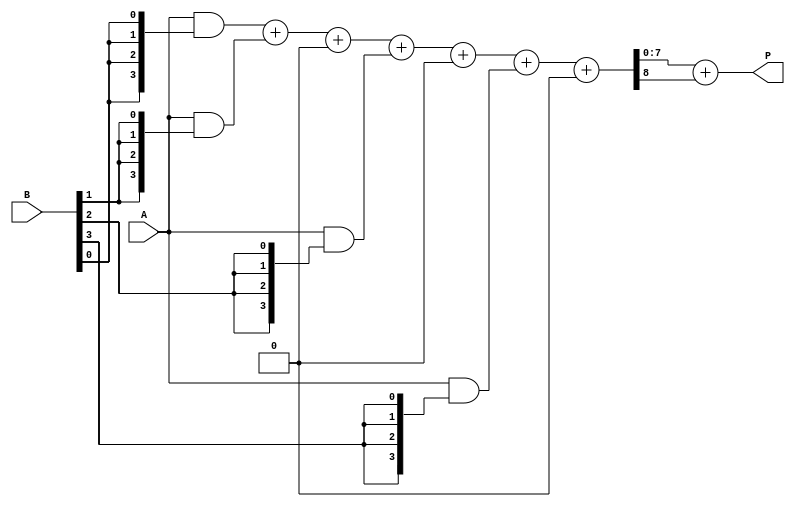
module WallaceTreeMultiplier #(parameter N = 4, M = 4) (
    input  [N-1:0] A, // N-bit multiplicand
    input  [M-1:0] B, // M-bit multiplier
    output [N+M-1:0] P // (N + M)-bit product
);

    // Generate partial products
    wire [N-1:0] pp[M-1:0]; // Partial products
    genvar i;
    generate
        for (i = 0; i < M; i = i + 1) begin : pp_gen
            assign pp[i] = A & {N{B[i]}}; // ANDing A with each bit of B
        end
    endgenerate

    // Reduction stage using Wallace tree structure
    wire [N+M-1:0] sum [M-1:0]; // Sums at each level
    wire [M-1:0] carry [M-1:0]; // Carries at each level

    // Initial partial product stage
    assign sum[0] = {1'b0, pp[0]}; // First partial product with zero padding
    assign carry[0] = {M{1'b0}}; // Initialize carry

    // Wallace tree reduction
    genvar j;
    generate
        for (j = 1; j < M; j = j + 1) begin : reduction
            wire [N+M-1:0] a, b;
            assign a = sum[j-1];
            assign b = {1'b0, pp[j]}; // Zero padding for the new partial product
            
            // Full adder for three inputs (two bits from previous stage and carry)
            wire [N+M-1:0] sum_temp;
            wire carry_out;
            assign {carry_out, sum[j]} = a + b + carry[j-1];
            assign carry[j] = carry_out; // Carry for the next stage
        end
    endgenerate

    // Final stage addition
    wire [N+M-1:0] final_sum;
    wire final_carry;

    assign {final_carry, final_sum} = sum[M-1] + carry[M-1];

    // Output assignment
    assign P = final_sum; // Final product

endmodule